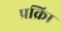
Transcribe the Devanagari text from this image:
प्रक्रिा